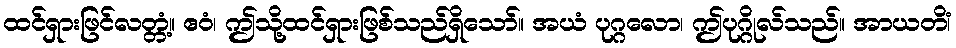
ထင်ရှားဖြင်လတ္တံ့။ ဧဝံ၊ ဤသို့ထင်ရှားဖြစ်သည်ရှိသော်။ အယံ ပုဂ္ဂလော၊ ဤပုဂ္ဂိုလ်သည်။ အာယတိံ၊